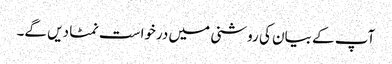
آپ کے بیان کی روشنی میں درخواست نمٹا دیں گے۔